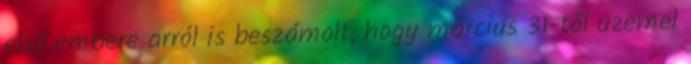
első embere arról is beszámolt, hogy március 31-től üzemel